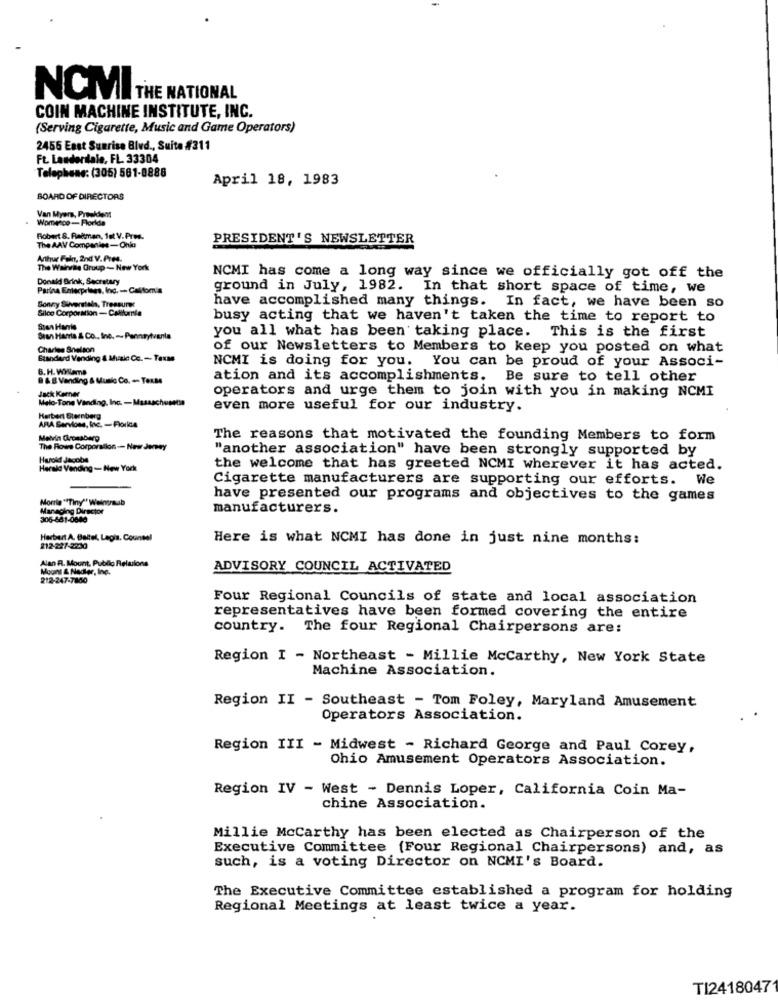
NCMITHE NATIONAL
COIN MACHINE INSTITUTE, INC.
{Serving Cigarette, Music and Game Operators)
2456 East Sunrise Blvd ., Suite #311
Ft. Lauderdale, FL. 33304
Telephone: (305) 561-8888
April 18, 1983
BOARD OF DIRECTORS
Van Myers, Preekdent
Womenco-Florida
Robert &. Reitman, fot V. Pres.
PRESIDENT'S NEWSLETTER
The AAV Companies-Onia
Arthur Faln, 2nd V. Pres.
The Wainte Gruup -- New York
Donald Brink, Secretary
NCMI has come a long way since we officially got off the
Parina Enterprises, Ind. -. California
ground in July, 1982. In that short space of time, we
Sonny Silverstela, Treasurer
Silco Corporation -California
have accomplished many things. In fact, we have been so
busy acting that we haven't taken the time to report to
Stan Harris
you all what has been taking place. This is the first
Sean Harra & Co ., Inc. -- Pennsylvania
Charles Snelson
of our Newsletters to Members to keep you posted on what
Standard Vending & Muale Co. - Taxas
NCMI is doing for you.
You can be proud of your Associ-
B. H. Willems
B & B Vending & Music Co. « Texas
ation and its accomplishments. Be sure to tell other
Jack Kemner
operators and urge them to join with you in making NCMI
Melo-Tone Vanding, Inc. - Massach
even more useful for our industry.
Herbert Sternberg
ARA Gerviosa, Inc. - Florida
Melvin Grossberg
The reasons that motivated the founding Members to form
The Rows Corporation- New Jersey
"another association" have been strongly supported by
Herold Jacobs
Herald Vending - New York
the welcome that has greeted NCMI wherever it has acted.
Cigarette manufacturers are supporting our efforts. We
Morris "Tiny" Weinenusb
have presented our programs and objectives to the games
Managing Director
manufacturers.
306-881-0680
Herbert A. Baltel, Lepis, Counsel
Here is what NCMI has done in just nine months:
212-227-2200
Alan A. Mount, Public Relations
Mount & Nadler, Inc.
ADVISORY COUNCIL ACTIVATED
212-247-7860
Four Regional Councils of state and local association
representatives have been formed covering the entire
country. The four Regional Chairpersons are:
Region I - Northeast - Millie Mccarthy, New York State
Machine Association.
Region II - Southeast - Tom Foley, Maryland Amusement
Operators Association.
Region III - Midwest - Richard George and Paul Corey,
Ohio Amusement Operators Association.
Region IV - West - Dennis Loper, California Coin Ma-
chine Association.
Millie Mccarthy has been elected as Chairperson of the
Executive Committee (Four Regional Chairpersons) and, as
such, is a voting Director on NCMI's Board.
The Executive Committee established a program for holding
Regional Meetings at least twice a year.
TI2418047